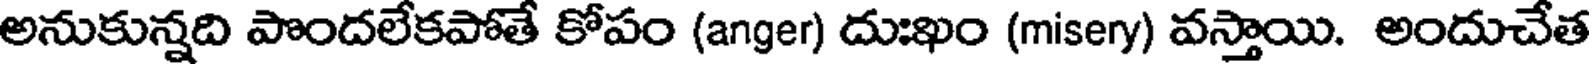
అనుకున్నది పొందలేకపోతే కోపం (anger) దుఃఖం (misery) వస్తాయి. అందుచేత